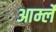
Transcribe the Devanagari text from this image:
आर्म्ले